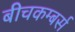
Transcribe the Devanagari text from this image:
बीचकम्बर्स